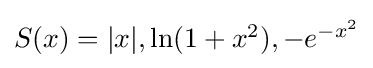
{\textstyle S(x)=|x|,\ln(1+x^{2}),-e^{-x^{2}}}